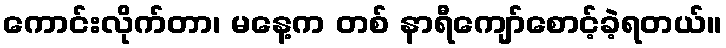
ကောင်းလိုက်တာ၊ မနေ့က တစ် နာရီကျော်စောင့်ခဲ့ရတယ်။